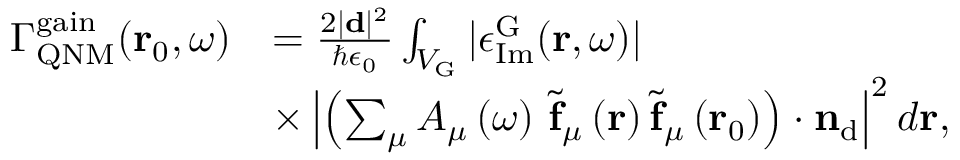
\begin{array} { r l } { \Gamma _ { \mathrm { Q N M } } ^ { \mathrm { g a i n } } ( \mathbf { r } _ { 0 } , \omega ) } & { = \frac { 2 | \mathbf { d } | ^ { 2 } } { \hbar \epsilon _ { 0 } } \int _ { V _ { \mathrm { G } } } | \epsilon _ { \mathrm { I m } } ^ { \mathrm { G } } ( \mathbf { r } , \omega ) | } \\ & { \times \left| \left( \sum _ { \mu } A _ { \mu } \left( \omega \right) \, \tilde { \mathbf { f } } _ { \mu } \left( { \bf r } \right) \tilde { \mathbf { f } } _ { \mu } \left( { \bf r } _ { 0 } \right) \right) \cdot \mathbf { n } _ { \mathrm { d } } \right| ^ { 2 } d \mathbf { r } , } \end{array}